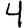
Digit: 4